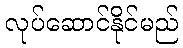
လုပ်ဆောင်နိုင်မည်